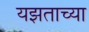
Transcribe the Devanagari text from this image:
यझताच्या